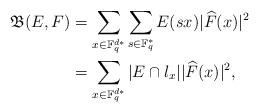
LaTeX: \begin{align*}{\mathfrak B}(E,F)&= \sum_{x\in \mathbb F_q^{d*}} \sum_{s\in\mathbb F_q^*}E(sx) |\widehat{F}(x)|^2\\&= \sum_{x\in \mathbb F_q^{d*}} |E\cap l_x| |\widehat{F}(x)|^2, \end{align*}